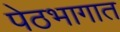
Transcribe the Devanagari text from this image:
पेठभागात